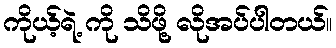
ကိုယ့်ရဲ့ ကို သိဖို့ လိုအပ်ပါတယ်။